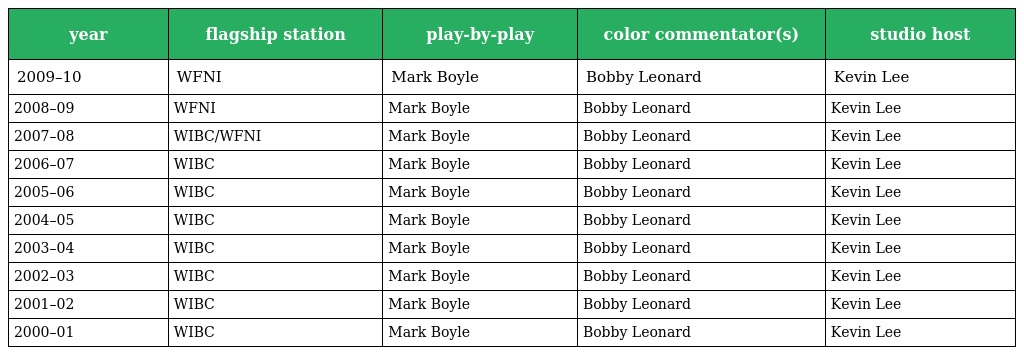
| year | flagship station | play-by-play | color commentator(s) | studio host |
 | --- | --- | --- | --- | --- |
 | 2009–10 | WFNI | Mark Boyle | Bobby Leonard | Kevin Lee |
 | 2008–09 | WFNI | Mark Boyle | Bobby Leonard | Kevin Lee |
 | 2007–08 | WIBC/WFNI | Mark Boyle | Bobby Leonard | Kevin Lee |
 | 2006–07 | WIBC | Mark Boyle | Bobby Leonard | Kevin Lee |
 | 2005–06 | WIBC | Mark Boyle | Bobby Leonard | Kevin Lee |
 | 2004–05 | WIBC | Mark Boyle | Bobby Leonard | Kevin Lee |
 | 2003–04 | WIBC | Mark Boyle | Bobby Leonard | Kevin Lee |
 | 2002–03 | WIBC | Mark Boyle | Bobby Leonard | Kevin Lee |
 | 2001–02 | WIBC | Mark Boyle | Bobby Leonard | Kevin Lee |
 | 2000–01 | WIBC | Mark Boyle | Bobby Leonard | Kevin Lee |